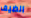
الضيف